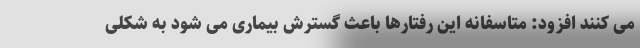
می کنند افزود: متاسفانه این رفتارها باعث گسترش بیماری می شود به شکلی